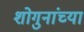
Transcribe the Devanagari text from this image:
शोगुनांच्या